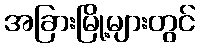
အခြားမြို့များတွင်